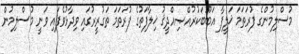
މުސްލިމުންގެ ފުރަތަމަ ޚަލީފާ އަބޫބަކުރުއްޞިއްދީޤު ޚިލާފަތުގެ ފުރަތަމަ ތަގުރީރުގައި ވިދާޅުވެފައި ވަނީ މުސްލިމުން